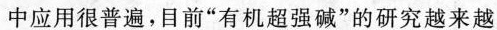
中应用很普遍，目前”有机超强碱”的研究越来越